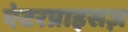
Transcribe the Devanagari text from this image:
एंटरप्राइसज़